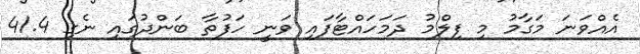
އެއްވަނަ މަގާމު މި ފިލްމު ދަމަހައްޓާފައި ވަނީ ހަފުތާ ބަންދުގައި ނެގި 41.4